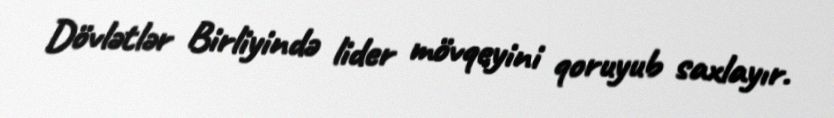
Dövlətlər Birliyində lider mövqeyini qoruyub saxlayır.